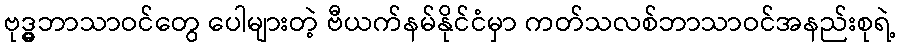
ဗုဒ္ဓ္ဓ္ဓဘာသာဝင်တွေ ပေါများတဲ့ ဗီယက်နမ်နိုင်ငံမှာ ကတ်သလစ်ဘာသာဝင်အနည်းစုရဲ့